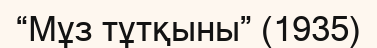
“Мұз тұтқыны” (1935)